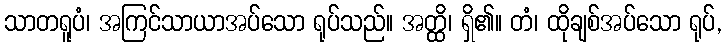
သာတရူပံ၊ အကြင်သာယာအပ်သော ရုပ်သည်။ အတ္ထိ၊ ရှိ၏။ တံ၊ ထိုချစ်အပ်သော ရုပ်,